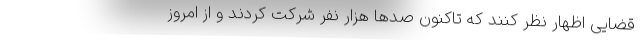
قضایی اظهار نظر کنند که تاکنون صد‌ها هزار نفر شرکت کردند و از امروز